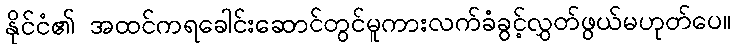
နိုင်ငံ၏ အထင်ကရခေါင်းဆောင်တွင်မူကားလက်ခံခွင့်လွှတ်ဖွယ်မဟုတ်ပေ။